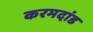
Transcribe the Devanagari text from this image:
करमदांड